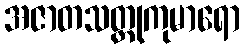
အဇာတသတ္တုကုမာရော